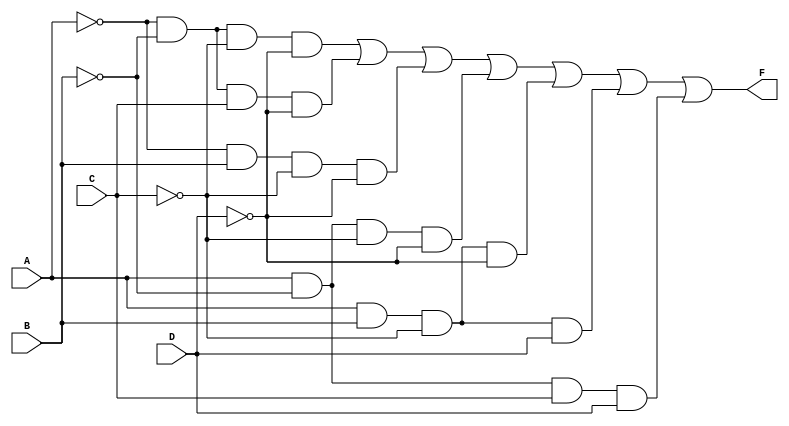
module combinational_logic (
    input wire A,  // Input variable A
    input wire B,  // Input variable B
    input wire C,  // Input variable C
    input wire D,  // Input variable D
    output wire F  // Output of the combinational logic
);

// Implementing the logic expression using basic gates
assign F = (~A & ~B & ~C & ~D) |  // A'B'C'D'
           (~A & ~B &  C & ~D) |  // A'B'C'D
           (~A &  B & ~C & ~D) |  // A'BC'D
           ( A & ~B & ~C & ~D) |  // AB'C'D
           ( A &  B & ~C & ~D) |  // ABC'D'
           ( A &  B & ~C &  D) |  // ABC'D
           ( A & ~B &  C &  D);    // AB'CD

endmodule